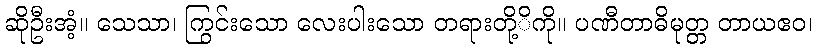
ဆိုဦးအံ့။ သေသာ၊ ကြွင်းသော လေးပါးသော တရားတို့ိကို။ ပဏီတာဓိမုတ္တ တာယဧဝ၊